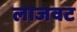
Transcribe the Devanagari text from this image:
लाजवट